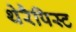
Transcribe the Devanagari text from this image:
थेरैपिस्ट